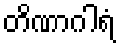
တိဏာဂါရံ